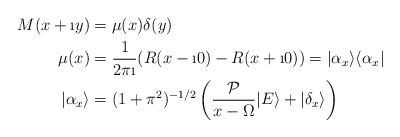
LaTeX: \begin{align*} M(x+ \i y)&= \mu(x)\delta(y)\\ \mu(x)&= \frac{1}{2\pi \i}(R(x-\i 0)-R(x + \i 0))=|\alpha_x\rangle\langle\alpha_x|\\|\alpha_x\rangle&= (1+\pi^2)^{-1/2}\left(\frac{\mathcal{P}}{x-\Omega}|E\rangle+|\delta_x\rangle\right)\end{align*}